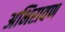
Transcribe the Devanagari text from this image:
अभिरावण